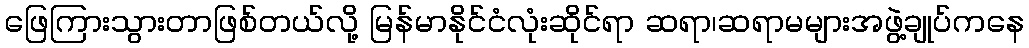
ဖြေကြားသွားတာဖြစ်တယ်လို့ မြန်မာနိုင်ငံလုံးဆိုင်ရာ ဆရာ၊ဆရာမများအဖွဲ့ချုပ်ကနေ